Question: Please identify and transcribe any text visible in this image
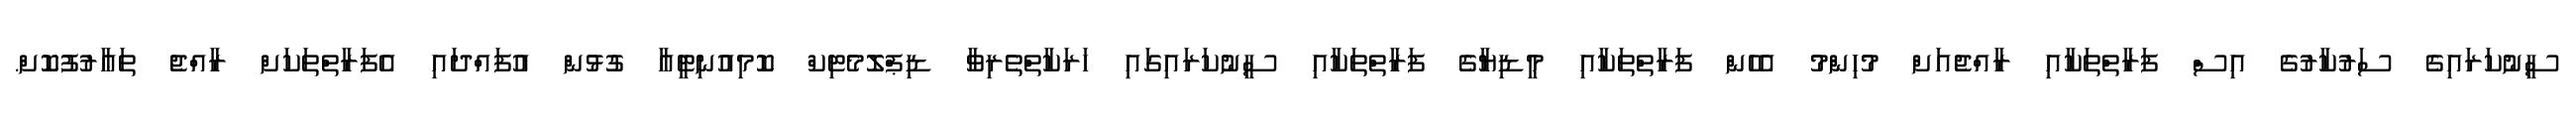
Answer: ސީނުކަރައިގެ ސަރުކާރުގެ އިސް ފަރާތްތަކާއި ރާއްޖެއަށް މުހިންމު އެހެން ފަރާތްތަކާއި މީޑިޔާގެ ފަރާތްތަކާއި ސީނުކަރައިގައި ހަރަކާތްތެރިވާ ޑިޕްލޮމެޓިކް ކޮމިއުނިޓީއާ ގުޅުން އުފައްދައި އެފަރާތްތަކަށް ރާއްޖެ ތަޢާރުފުކޮށް.